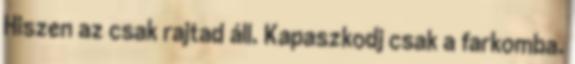
Hiszen az csak rajtad áll. Kapaszkodj csak a farkomba.